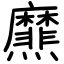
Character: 爢